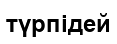
түрпідей